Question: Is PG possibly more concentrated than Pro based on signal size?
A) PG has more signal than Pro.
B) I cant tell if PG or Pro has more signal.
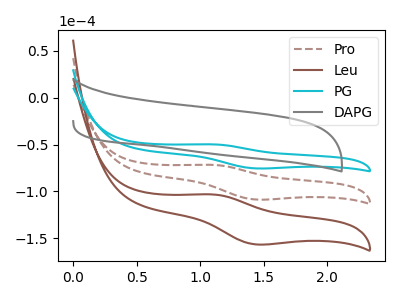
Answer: <think>The brown dashed curve "Pro" has an anodic peak at (1.10V, -71.60uA) and a cathodic peak at (1.45V, -108.60uA). The brown curve "Leu" has an anodic peak at (1.10V, -143.20uA) and a cathodic peak at (1.45V, -217.25uA). The cyan curve "PG" has an anodic peak at (1.10V, -49.70uA) and a cathodic peak at (1.45V, -75.35uA). The gray curve "DAPG" has no peaks.
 All the peaks in "PG" have a peak in "Pro" at the same potential.</think>
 <answer>B) I cant tell if "PG" or "Pro" has more signal.</answer>
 <eval>B</eval>